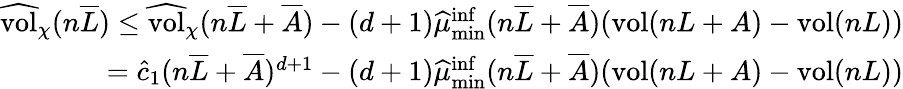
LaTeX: \begin{array}{r}{\widehat{\mathrm{vol}}_{\chi}(n\overline{L})\leq\widehat{\mathrm{vol}}_{\chi}(n\overline{L}+\overline{A})-(d+1)\widehat{\mu}_{\operatorname*{min}}^{\operatorname*{inf}}(n\overline{L}+\overline{A})(\mathrm{vol}(nL+A)-\mathrm{vol}(nL))}\\ {=\widehat c_{1}(n\overline{L}+\overline{A})^{d+1}-(d+1)\widehat{\mu}_{\operatorname*{min}}^{\operatorname*{inf}}(n\overline{L}+\overline{A})(\mathrm{vol}(nL+A)-\mathrm{vol}(nL))}\end{array}